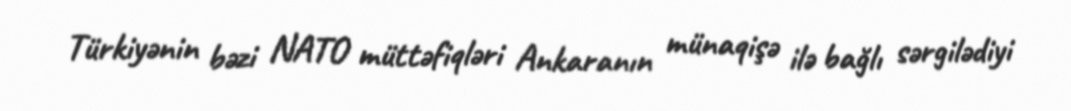
Türkiyənin bəzi NATO müttəfiqləri Ankaranın münaqişə ilə bağlı sərgilədiyi